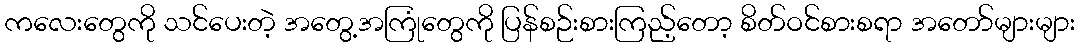
ကလေးတွေကို သင်ပေးတဲ့ အတွေ့အကြုံတွေကို ပြန်စဉ်းစားကြည့်တော့ စိတ်ဝင်စားစရာ အတော်များများ